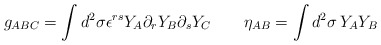
\begin{align*}g_{ABC}= \int d^2\sigma \epsilon^{rs}Y_A\partial_rY_B\partial_sY_C\qquad \eta_{AB}=\int d^2\sigma\, Y_A Y_B\end{align*}